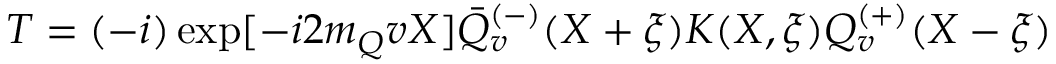
T = ( - i ) \exp [ - i 2 m _ { Q } v X ] \bar { Q } _ { v } ^ { ( - ) } ( X + \xi ) K ( X , \xi ) Q _ { v } ^ { ( + ) } ( X - \xi )